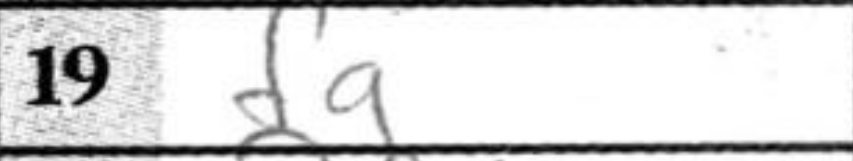
Transcription: fg